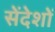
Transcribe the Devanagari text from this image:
सेंदेशों